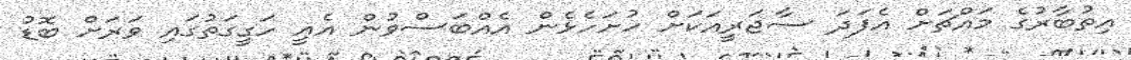
އިތުބާރުގެ މައްޗަށް އެފަދަ ސާޖަރީއަކަށް ހުށަހެޅެން އެއްބަސްވުން އެއީ ހަގީގަތުގައި ވަރަށް ބޮޑު